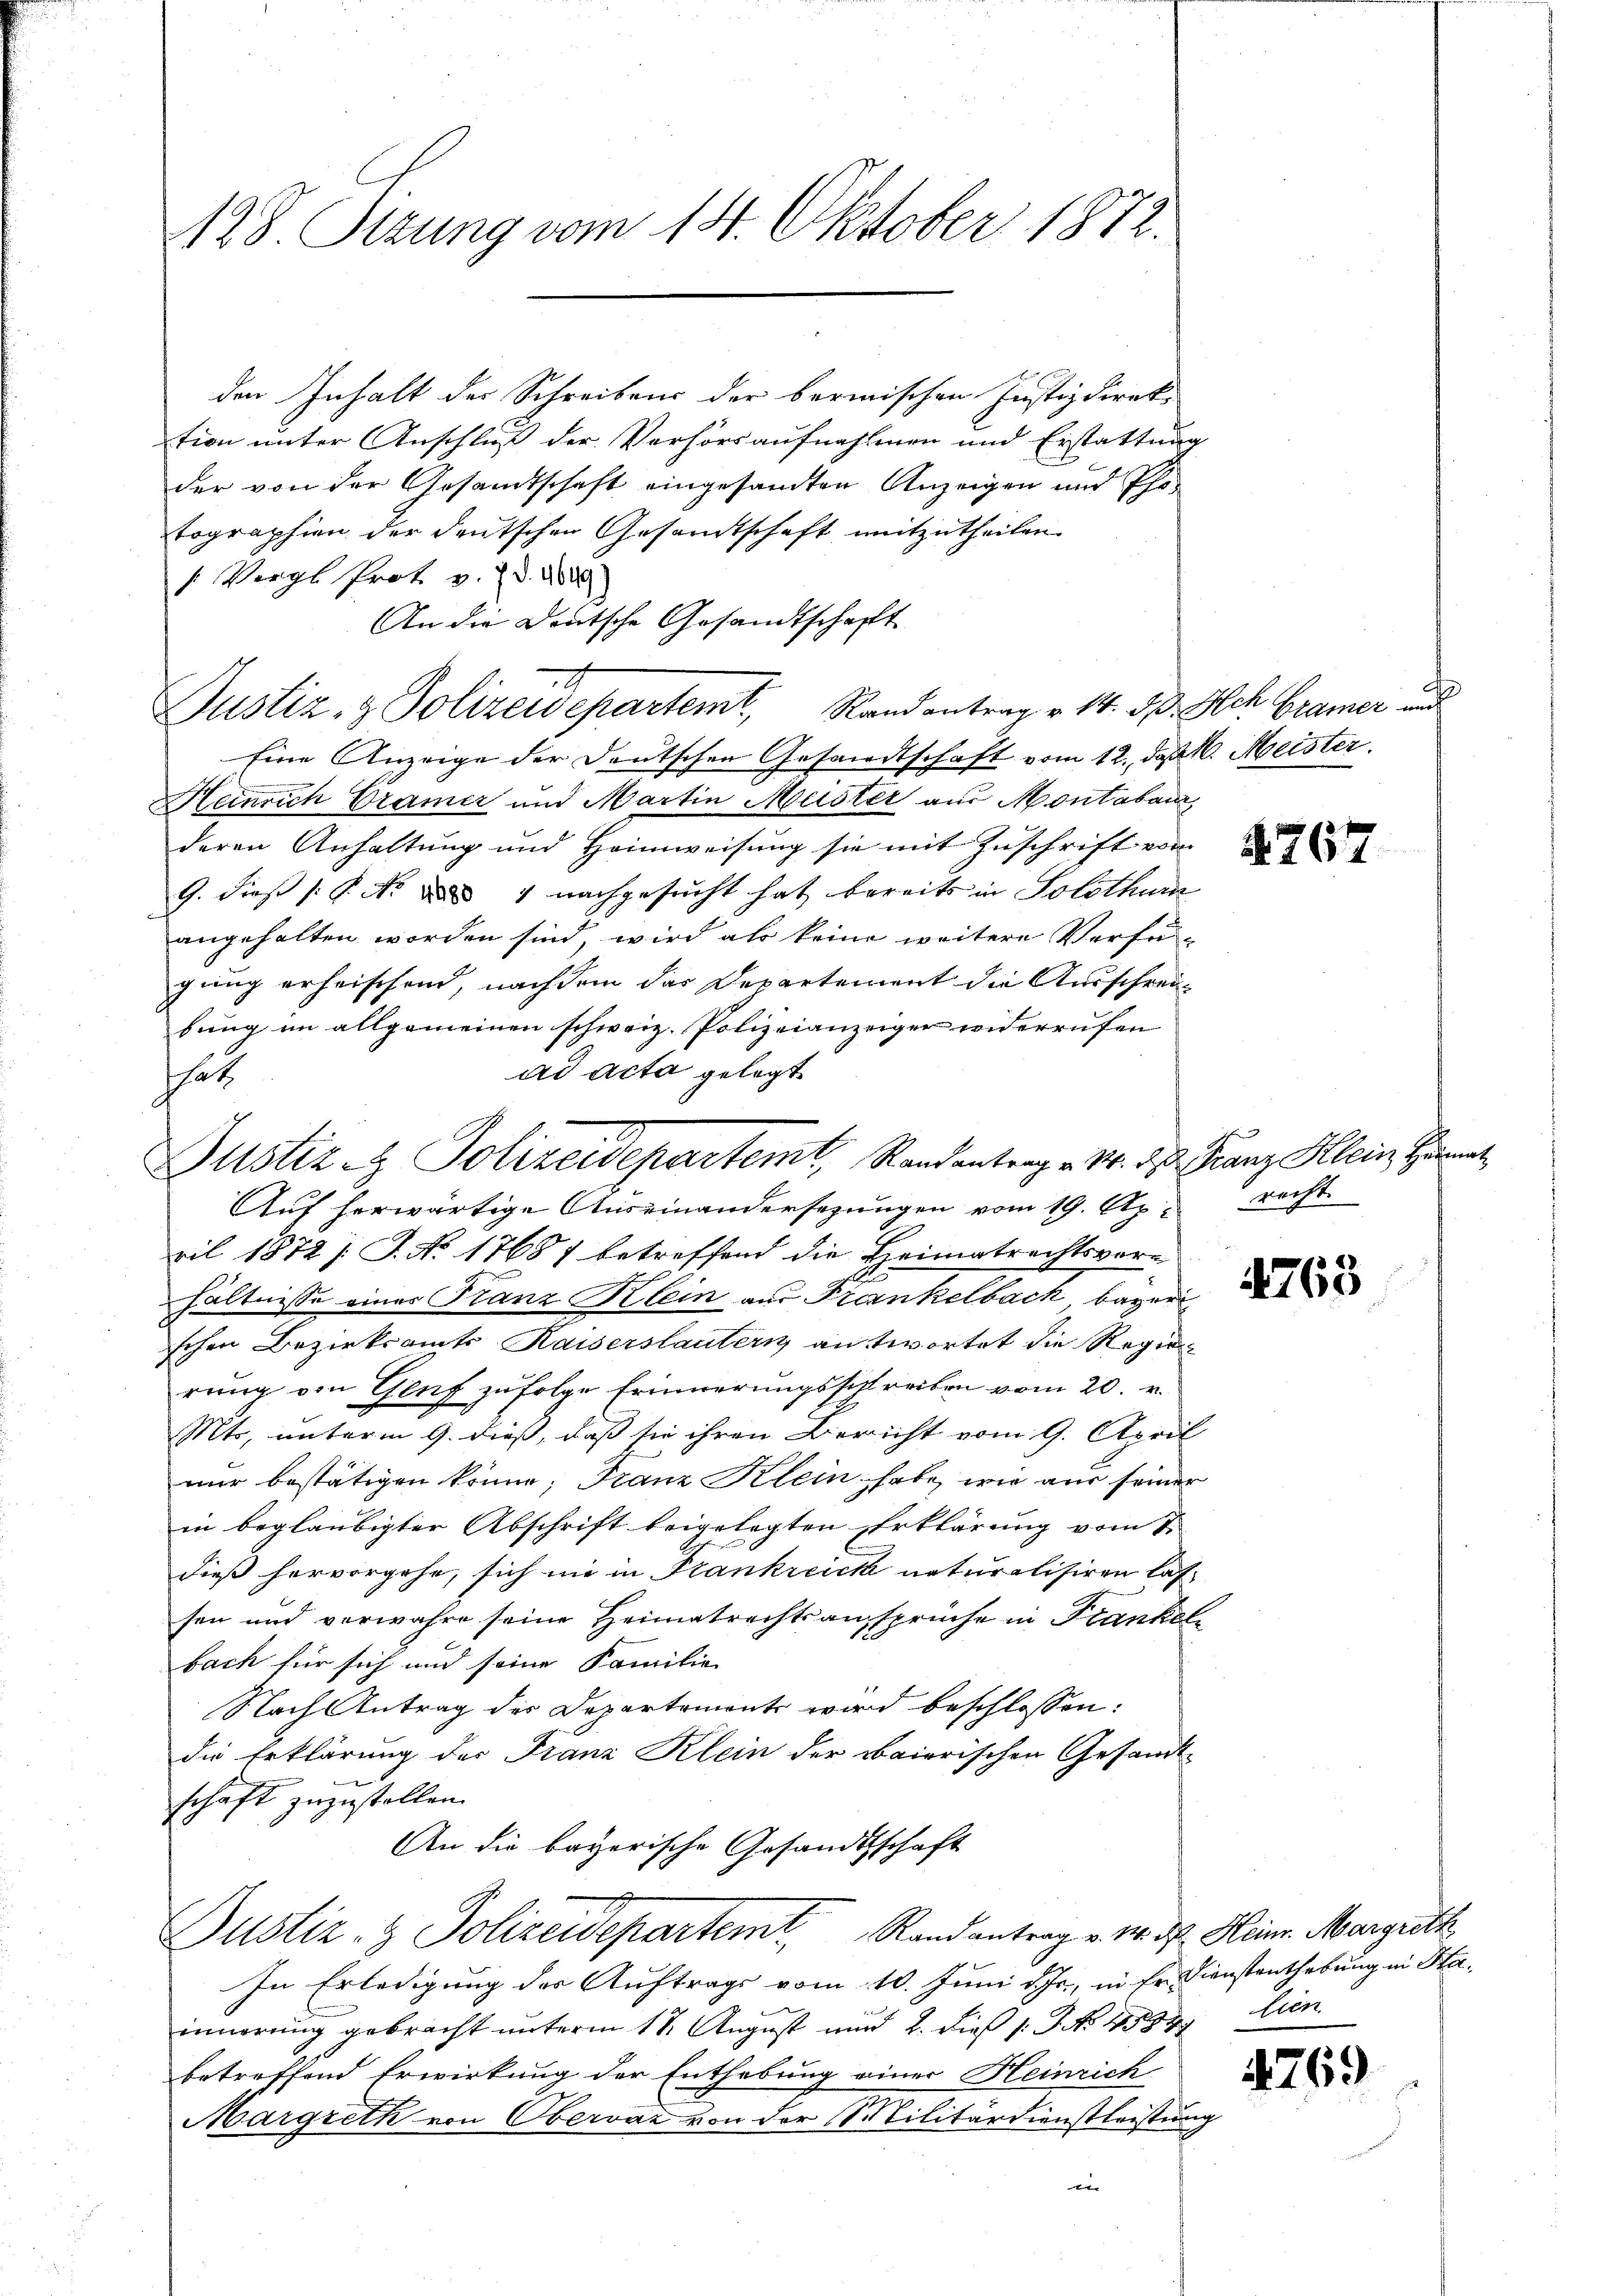
128. Sizung vom 14. Oktober 1872.

den Inhalt der Schreibens der berischen Justizdirek-
tion unter Anschluß der Verhörsaufnahmen und Erstattung
der von der Gesandtschaft eingesandten Anzeigen und Phitographien der deutschen Gesandtschaft mitzutheilen.
s Vergl. Prot v. 7. d. 1689)
An die Deutsche Gesandtschaft
e
Justiz- & Polizeidepartemt, Randantrag v. 14. d. Ach Gramer und
Eine Anzeige der Deutschen Gesandtschaft vom 12. d. M. Meister.
Heinrich Cramer und Martin Meister aus Montaban
deren Anhaltung und Heimweisung sie mit Zuschrift vom
G. dieß P. Nr. daß 4 nachgesucht hat bereits in Solothur
angehalten worden sind, wird als keine weitere Verfügung erheischend, nachdem das Departement die Ausschreibung im allgemeinen schweiz. Polizeianzeigen widerrufen
ad acta gelegt
hat
Auf herwärtige Auseinandersetzungen vom 19. Ap
ril 1872 / J. No 17687 betreffend die Heimatrechtsvorhältnisse einer Franz Klein aus Frankelbach bayeri
schen Bezirksamts Kaiserstautern antwortet die Regie
rung von Gluf zufolge Erinnerungsschreiben vom 20. v.
Mts, unterm 9. dieß, daß sie ihren Bericht vom 9. April
nur bestätigen könne, Franz Klein habe, wie aus seiner
in beglaubigter Abschrift beigelegten Erklärung vom 1.
dieß hervorgehe, sich nie in Frankreich naturalisiren lassen und verwahre seine Heimatrechtsansprüche in Frankelbach für sich und seine Familie
Nach Antrag der Departemonts wird beschlossen:
die Erklärung der Franz Klein der Baierischen Gesandt-
schäft zuzustellen.
An die bayerische Gesandtschaft
Justiz- & Polizeidepartemt, Randantrag v. M. dh. Heinr. Margrett
In Erledigung des Auftrags vom 10. Juni d. Js., in Er Dienstenthebung in Hainnerung gebracht unterm 18. August und 2. dieß 1: P. Nr. 4534 lien
betreffend Erwirkung der Enthebung einer Heinrich
Margreth von Obervaz von der Militärdienstleistung
 |

Justiz & Polizeidepartemt, Randantrag v. M. D. Franz Klein Her

767

recht.

4763

4769